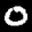
Label: 0